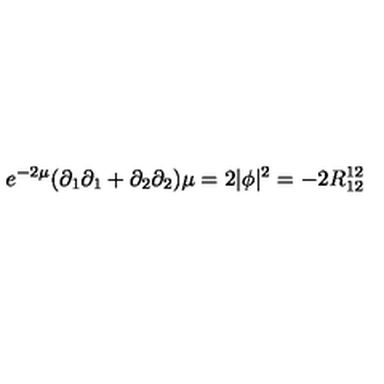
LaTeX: e ^ { - 2 \mu } ( \partial _ { 1 } \partial _ { 1 } + \partial _ { 2 } \partial _ { 2 } ) \mu = 2 | \phi | ^ { 2 } = - 2 R _ { 1 2 } ^ { 1 2 }